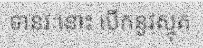
ទានវៈនោះ បើកនូវស្មុគ